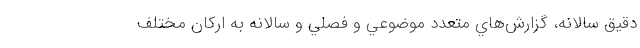
دقيق سالانه، گزارش‌هاي متعدد موضوعي و فصلي و سالانه به اركان مختلف